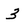
Character: 3